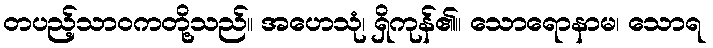
တပည့်သာဝကတို့သည်။ အဟေသုံ၊ ရှိကုန်၏။ သောရောနာမ၊ သောရ